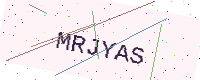
Text: MRJYAS